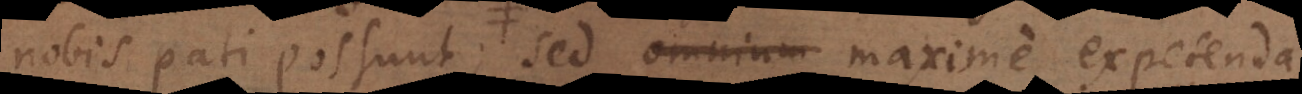
nobis pati possunt; sed omnium maxime expetenda